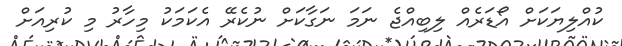
ކުއްލިޔަކަށް އޯޑަރެއް ލިބިއްޖެ ނަމަ ނަގާކަށް ނުކެރޭ އެކަމަކު މިހާރު މި ކުރިއަށް